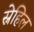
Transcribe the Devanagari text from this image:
स्नेहिल